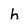
Character: h